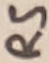
Text: RS